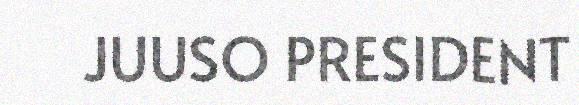
JUUSO PRESIDENT